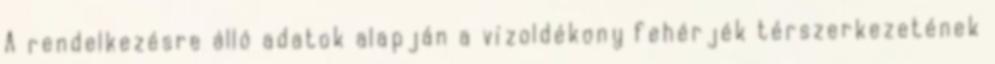
A rendelkezésre álló adatok alapján a vízoldékony fehérjék térszerkezetének